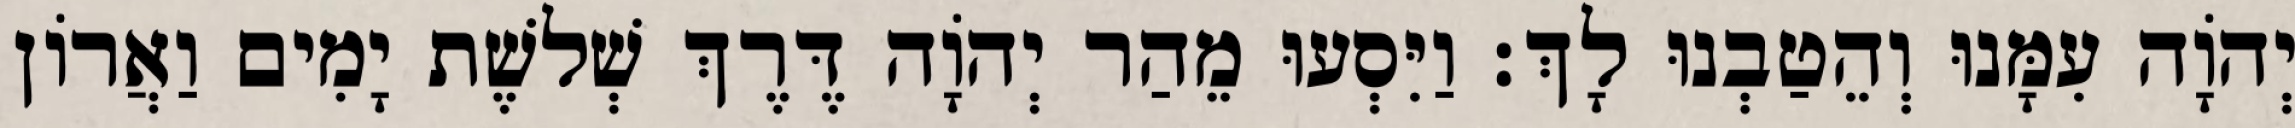
יְהוָֹה עִמָּנוּ וְהֵטַבְנוּ לָךְ׃ וַיִּסְעוּ מֵהַר יְהֹוָה דֶּרֶךְ שְׁלשֶׁת יָמִים וַאֲרוֹן